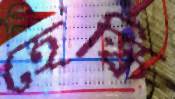
হেস্কি